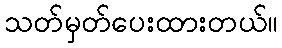
သတ်မှတ်ပေးထားတယ်။